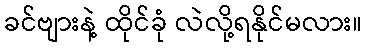
ခင်ဗျားနဲ့ ထိုင်ခုံ လဲလို့ရနိုင်မလား။